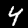
Label: 4